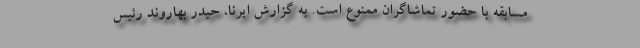
مسابقه با حضور تماشاگران ممنوع است. به گزارش ایرنا، حیدر بهاروند رئیس